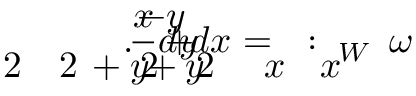
\! \! \! \! \! \! \! \! \! \! \! \! \! \! \! \! \! \! \! \! \! \! \! \! \! \! \! \! \! \! \! \! \! \! \! \omega \! \! \! \! \! \! \! \! \! \! \! \! _ { W } \! \! \! \! \! \! \! \! \! \! \! \! : \! \! \! \! \! \! \! \! \! \! \! \! = \! \! \! \! \! \! \! \! \! \! \! \! \frac { \! \! \! \! \! \! \! \! \! \! \! \! - y } { x \! \! \! \! \! \! \! \! \! \! \! \! ^ { \! } \! \! \! \! \! \! \! \! \! \! \! 2 \! \! \! \! \! \! \! \! \! \! \! \! + y \! \! \! \! \! \! \! \! \! \! \! \! ^ { \! } \! \! \! \! \! \! \! \! \! \! \! 2 } d x \! \! \! \! \! \! \! \! \! \! \! \! + \! \! \! \! \! \! \! \! \! \! \! \! \frac { x } { x \! \! \! \! \! \! \! \! \! \! \! \! ^ { \! } \! \! \! \! \! \! \! \! \! \! \! 2 \! \! \! \! \! \! \! \! \! \! \! \! + y \! \! \! \! \! \! \! \! \! \! \! \! ^ { \! } \! \! \! \! \! \! \! \! \! \! \! 2 } d y \! \! \! \! \! \! \! \! \! \! \! \! . \! \! \! \! \! \! \! \! \! \! \! \! \! \! \! \! \! \! \! \! \! \! \!